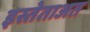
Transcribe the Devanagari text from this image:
इस्तेताअत